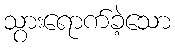
သွားရောက်ခဲ့သော